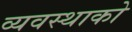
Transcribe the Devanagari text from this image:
व्यवस्थाको